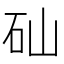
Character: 𥐢